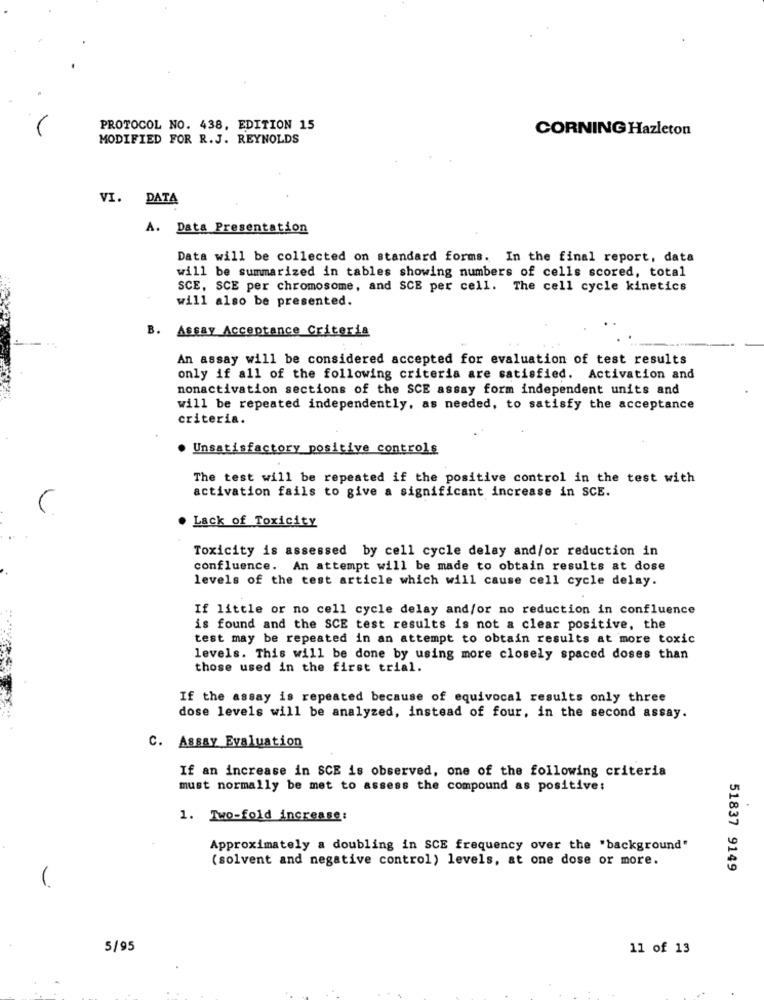
PROTOCOL NO. 438, EDITION 15
CORNING Hazleton
MODIFIED FOR R.J. REYNOLDS
VI. DATA
A. Data Presentation
Data will be collected on standard forms. In the final report, data
will be summarized in tables showing numbers of cells scored, total
SCE, SCE per chromosome, and SCE per cell. The cell cycle kinetics
will also be presented.
B. Assay Acceptance Criteria
An assay will be considered accepted for evaluation of test results
only if all of the following criteria are satisfied. Activation and
nonactivation sections of the SCE assay form independent units and
will be repeated independently, as needed, to satisfy the acceptance
criteria.
. Unsatisfactory positive controls
The test will be repeated if the positive control in the test with
activation fails to give a significant increase in SCE.
C
Lack of Toxicity
Toxicity is assessed by cell cycle delay and/or reduction in
confluence. An attempt will be made to obtain results at dose
levels of the test article which will cause cell cycle delay.
If little or no cell cycle delay and/or no reduction in confluence
is found and the SCE test results is not a clear positive, the
test may be repeated in an attempt to obtain results at more toxic
levels. This will be done by using more closely spaced doses than
those used in the first trial.
If the assay is repeated because of equivocal results only three
dose levels will be analyzed, instead of four, in the second assay.
C. Assay Evaluation
If an increase in SCE is observed, one of the following criteria
must normally be met to assess the compound as positive:
1. Two-fold increase:
Approximately a doubling in SCE frequency over the "background"
(solvent and negative control) levels, at one dose or more.
51837 9149
5/95
11 of 13